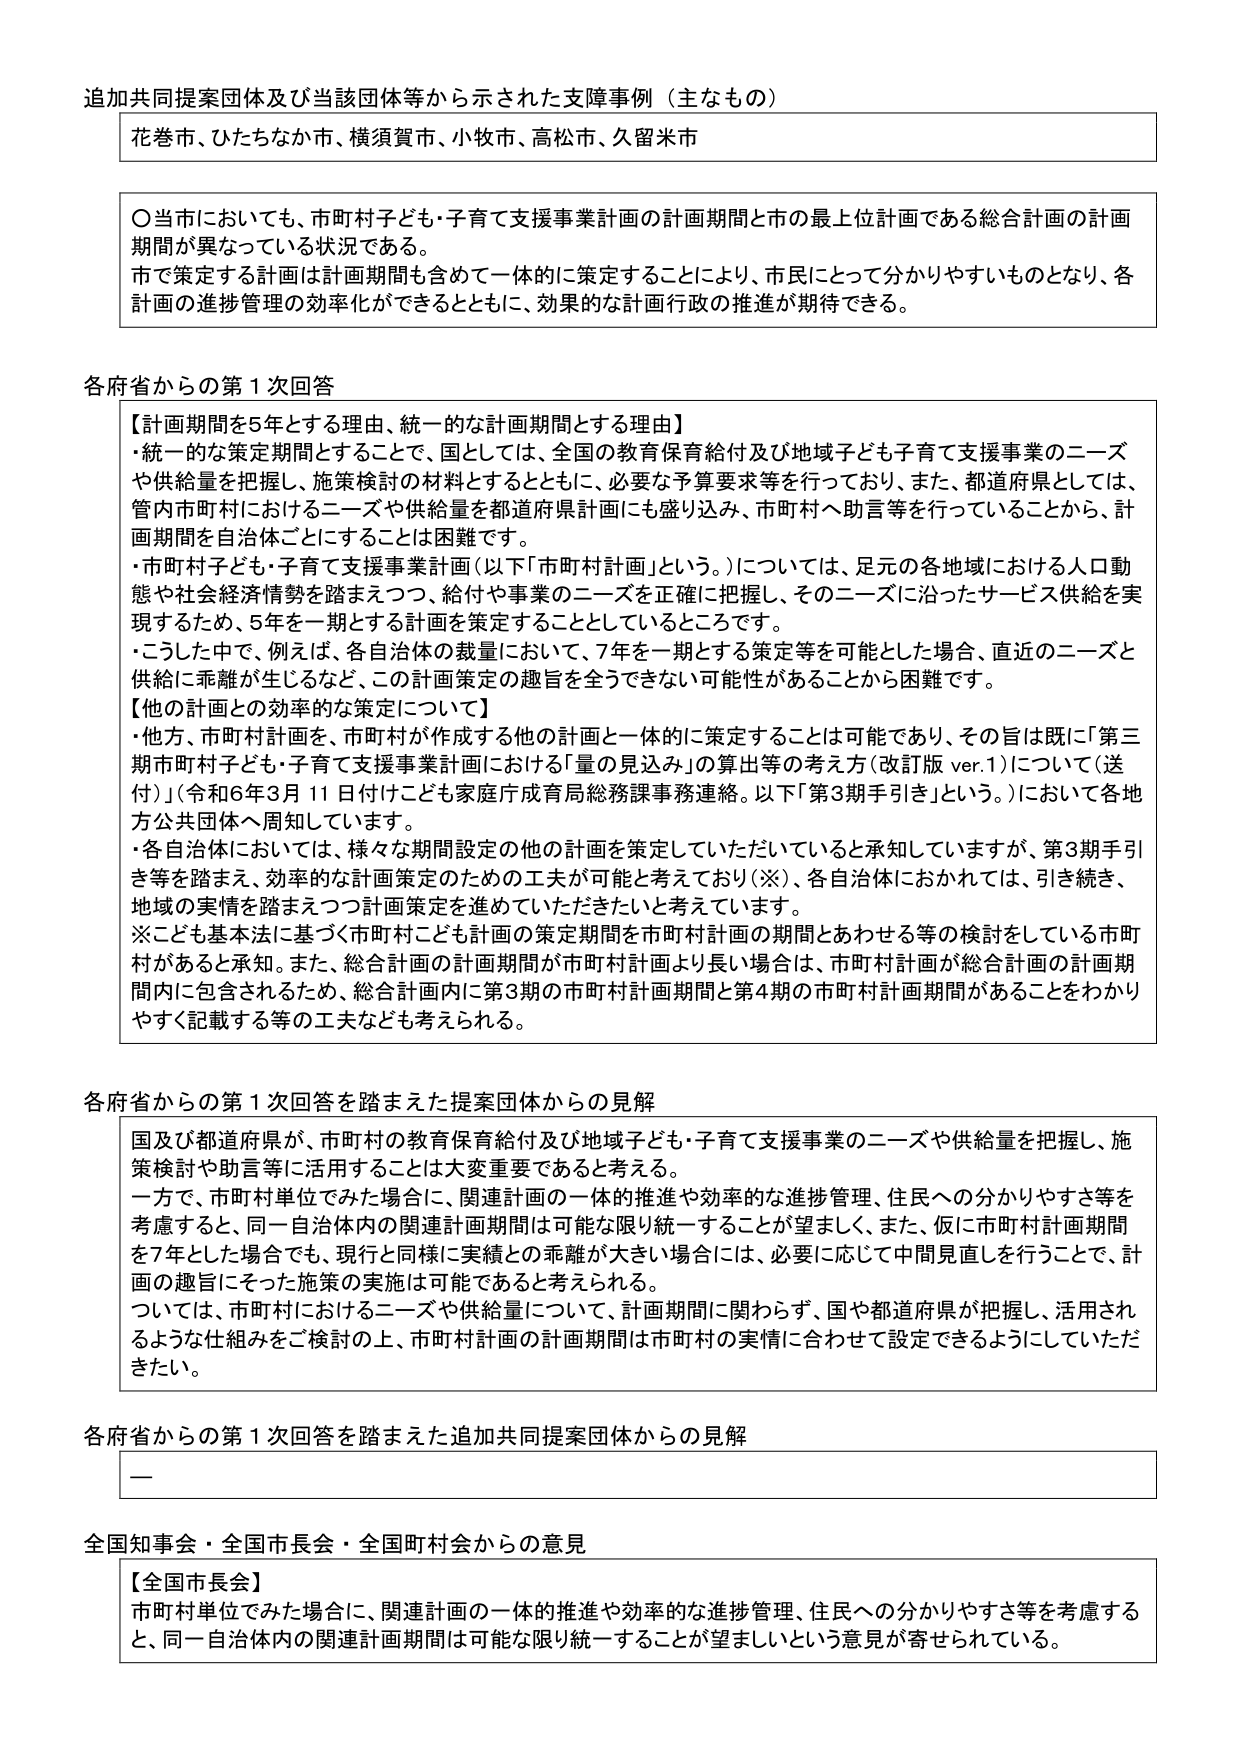
追加共同提案団体及び当該団体等から示された支障事例（主なもの）

花巻市、ひたちなか市、横須賀市、小牧市、高松市、久留米市

〇 当市においても、市町村子ども・子育て支援事業計画の計画期間と市の最上位計画である総合計画の計画期間が異なっている状況である。
市で策定する計画は計画期間も含めて一体的に策定することにより、市民にとって分かりやすいものとなり、各計画の進捗管理の効率化ができるとともに、効果的な計画行政の推進が期待できる。

各府省からの第1次回答

【計画期間を5年とする理由、統一的な計画期間とする理由】
・統一的な策定期間とすることで、国としては、全国の教育保育給付及び地域子ども子育て支援事業のニーズや供給量を把握し、施策検討の材料とするとともに、必要な予算要求等を行っており、また、都道府県としては、管内市町村におけるニーズや供給量を都道府県計画にも盛り込み、市町村へ助言等を行っていることから、計画期間を自治体ごとにすることは困難です。
・市町村子ども・子育て支援事業計画（以下「市町村計画」という。）については、足元の各地域における人口動態や社会経済情勢を踏まえつつ、給付や事業のニーズを正確に把握し、そのニーズに沿ったサービス供給を実現するため、5年を一期とする計画を策定することとしているところです。
・こうした中で、例えば、各自治体の裁量において、7年を一期とする策定等を可能とした場合、直近のニーズと供給に乖離が生じるなど、この計画策定の趣旨を全うできない可能性があることから困難です。

【他の計画との効率的な策定について】
・他方、市町村計画を、市町村が作成する他の計画と一体的に策定することは可能であり、その旨は既に「第3期市町村子ども・子育て支援事業計画における「量の見込み」の算出等の考え方（改訂版 ver.1）について（送付）」（令和6年3月11日付けこども家庭庁成育局総務課事務連絡。以下「第3期手引き」という。）において各地方公共団体へ周知しています。
・各自治体においては、様々な期間設定の他の計画を策定していただいていると承知していますが、第3期手引き等を踏まえ、効率的な計画策定のための工夫が可能と考えており（※）、各自治体におかれては、引き続き、地域の実情を踏まえつつ計画策定を進めていただきたいと考えています。
※こども基本法に基づく市町村こども計画の策定期間を市町村計画の期間とあわせる等の検討をしている市町村があると承知。また、総合計画の計画期間が市町村計画より長い場合は、市町村計画が総合計画の計画期間内に包含されるため、総合計画内に第3期の市町村計画期間と第4期の市町村計画期間があることをわかりやすく記載する等の工夫なども考えられる。

各府省からの第1次回答を踏まえた提案団体からの見解

国及び都道府県が、市町村の教育保育給付及び地域子ども・子育て支援事業のニーズや供給量を把握し、施策検討や助言等に活用することは大変重要であると考える。
一方で、市町村単位でみた場合に、関連計画の一体的推進や効率的な進捗管理、住民への分かりやすさ等を考慮すると、同一自治体内の関連計画期間は可能な限り統一することが望ましく、また、仮に市町村計画期間を7年とした場合でも、現行と同様に実績との乖離が大きい場合には、必要に応じて中間見直しを行うことで、計画の趣旨にそった施策の実施は可能であると考えられる。
ついては、市町村におけるニーズや供給量について、計画期間に関わらず、国や都道府県が把握し、活用されるような仕組みをご検討の上、市町村計画の計画期間は市町村の実情に合わせて設定できるようにしていただきたい。

各府省からの第1次回答を踏まえた追加共同提案団体からの見解

—

全国知事会・全国市長会・全国町村会からの意見

【全国市長会】
市町村単位でみた場合に、関連計画の一体的推進や効率的な進捗管理、住民への分かりやすさ等を考慮すると、同一自治体内の関連計画期間は可能な限り統一することが望ましいという意見が寄せられている。